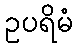
ဥပရိမံ